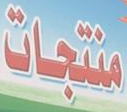
منتجات